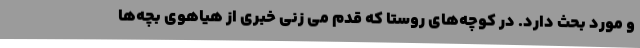
و مورد بحث دارد. در کوچه‌های روستا که قدم می زنی خبری از هیاهوی بچه‌ها